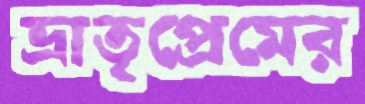
ভ্রাতৃপ্রেমের